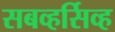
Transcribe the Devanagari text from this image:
सबव्हर्सिव्ह